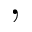
,